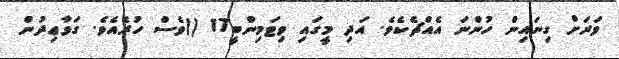
ވަރަށް ގިނައިން ހުންނަ އެއްޗެކެވެ. އަދި މީގައި ވިޓަމިންބީ17 ()ވެސް ހުރެއެވެ. ގަވާޢިދުން